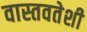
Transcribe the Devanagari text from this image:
वास्तवतेशी